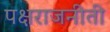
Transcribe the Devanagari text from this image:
पक्षराजनीती